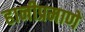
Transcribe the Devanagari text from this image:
हानीप्रमाणे